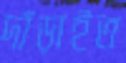
দাঁড়াইত